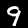
Label: 9